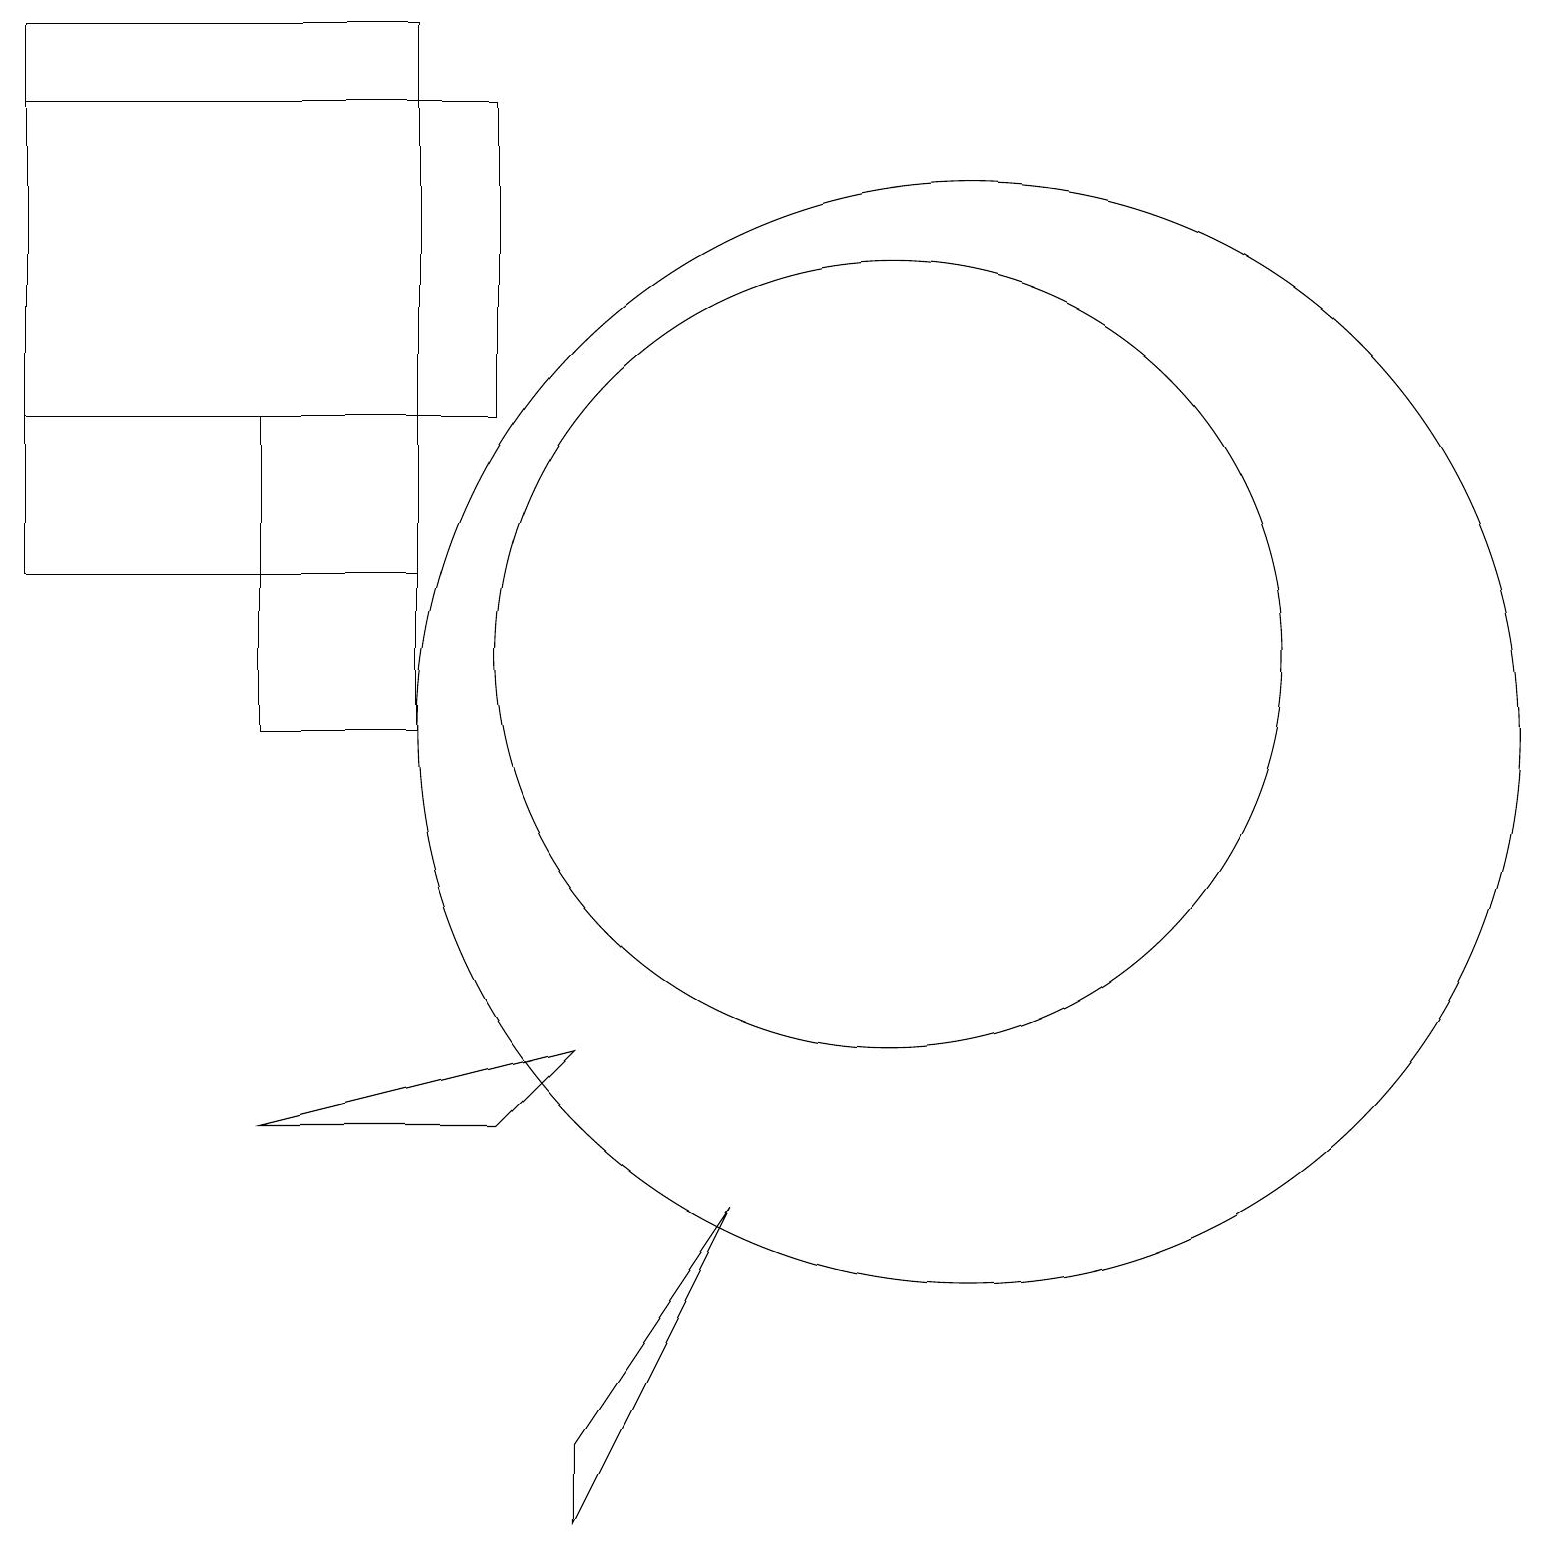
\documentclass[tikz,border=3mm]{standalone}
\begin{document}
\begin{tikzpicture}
\draw (11,11) circle (5);
\draw (6,5) -- (3,5) -- (7,6) -- cycle;
\draw (9,4) -- (7,1) -- (7,0) -- cycle;
\draw (5,14) rectangle (3,10);
\draw (6,14) rectangle (0,18);
\draw (12,10) circle (7);
\draw (0,12) rectangle (5,19);
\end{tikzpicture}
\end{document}